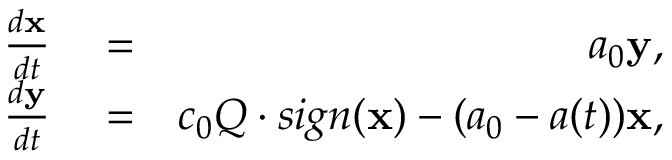
\begin{array} { r l r } { \frac { d { \bf x } } { d t } } & { { } = } & { a _ { 0 } { \bf y } , } \\ { \frac { d { \bf y } } { d t } } & { { } = } & { c _ { 0 } Q \cdot s i g n ( { \bf x } ) - ( a _ { 0 } - a ( t ) ) { \bf x } , } \end{array}